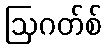
ဩဂတ်စ်